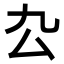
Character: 厹